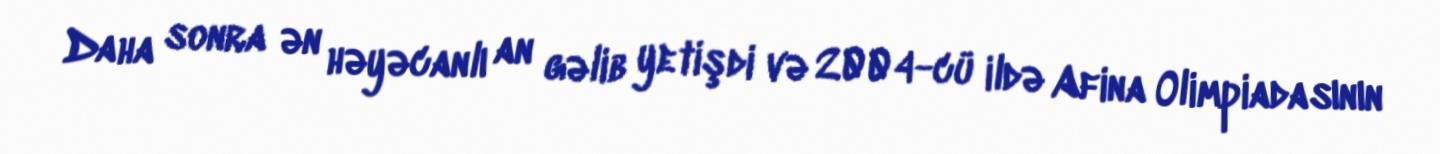
Daha sonra ən həyəcanlı an gəlib yetişdi və 2004-cü ildə Afina Olimpiadasının